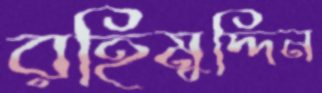
রহিমুদ্দিন